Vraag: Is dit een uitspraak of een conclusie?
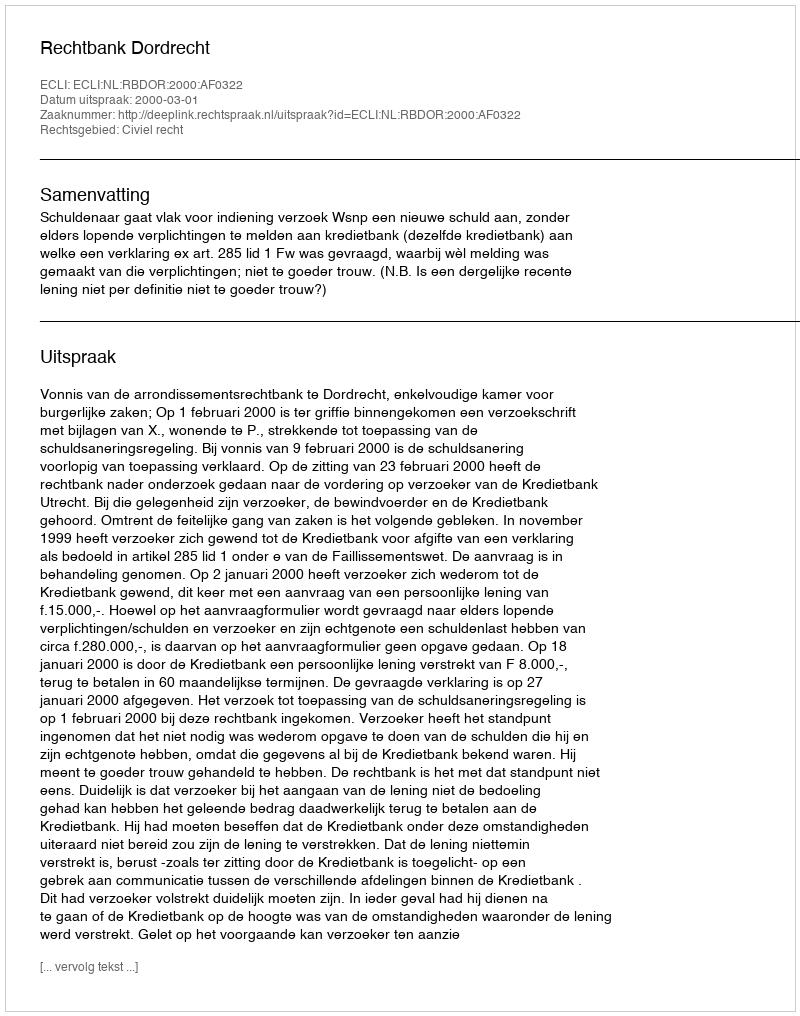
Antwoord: Uitspraak